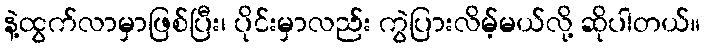
နဲ့ထွက်လာမှာဖြစ်ပြီး၊ ပိုင်းမှာလည်း ကွဲပြားလိမ့်မယ်လို့ ဆိုပါတယ်။